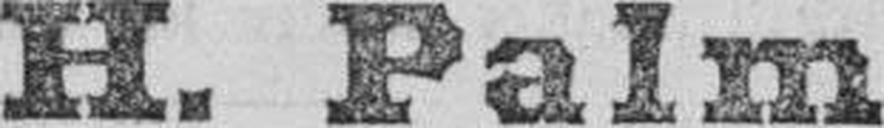
H. Palm